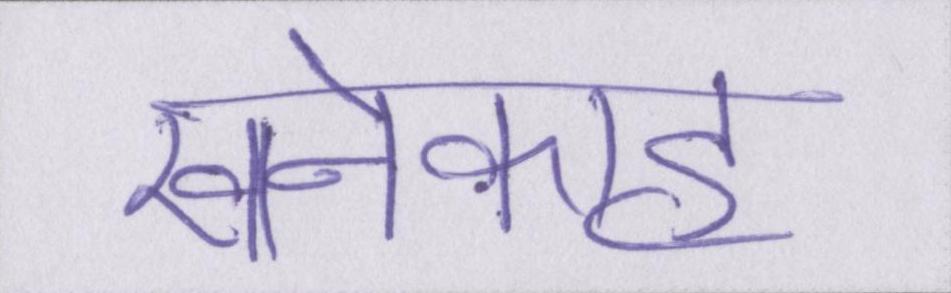
खानेकाह